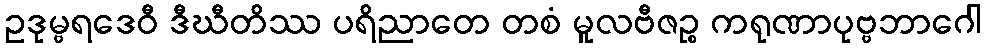
ဥဒုမ္ဗရဒေဝီ ဒီဃီတိဿ ပရိညာတေ တစံ မူလဗီဇဉ္စ ကရုဏာပုဗ္ဗဘာဂေါ